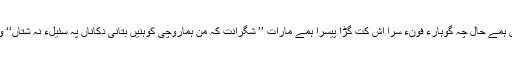
سئے ماہ ءَ رند بیچارگیں ناکو’’ مارگریٹؔ ‘‘ بیران بوت، وہدے من ہمے حال چہ گوہارءَ فونءِ سرا اِش کت گڑا پیسرا ہمے ماراِت ’’ شگراِنت کہ من ہماروچی کوہنیں بُتانی دکاناں پہ سئیلءَ نہ شُتاں‘‘ وہدءِ گچینءِ ہما ساعتءَ من وتی حاجت ءُ مرادءِ ردءَ شؤرکتگ اَت۔